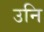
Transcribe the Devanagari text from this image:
उनि